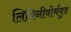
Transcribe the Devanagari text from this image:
लिविनीवोर्मवुड